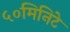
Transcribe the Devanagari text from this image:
५०मिनिटे